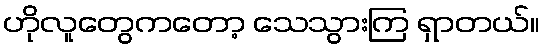
ဟိုလူတွေကတော့ သေသွားကြ ရှာတယ်။